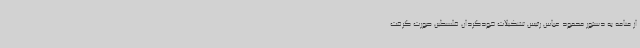
از منامه به دستور محمود عباس رئیس تشکیلات خودگردان فلسطین صورت گرفت